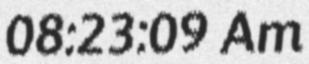
08:23:09 Am